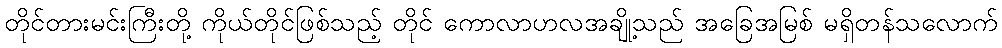
တိုင်တားမင်းကြီးတို့ ကိုယ်တိုင်ဖြစ်သည့် တိုင် ကောလာဟလအချို့သည် အခြေအမြစ် မရှိတန်သလောက်